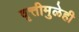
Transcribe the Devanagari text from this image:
वृत्तीमुळेही